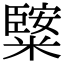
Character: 𥼿